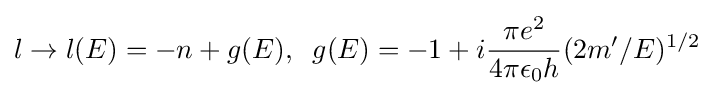
l\rightarrow l(E)=-n+g(E),\;\;g(E)=-1+i{\frac {\pi e^{2}}{4\pi \epsilon _{0}h}}(2m'/E)^{1/2}